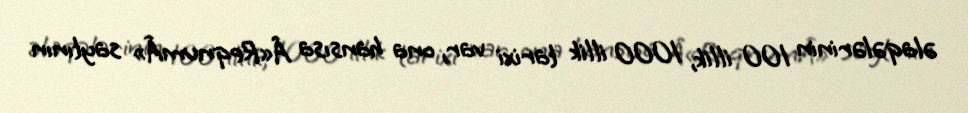
əlaqələrinin 100 illik, 1000 illik tarixi var, ona hansısa Â«ReqnumÂ» saytının